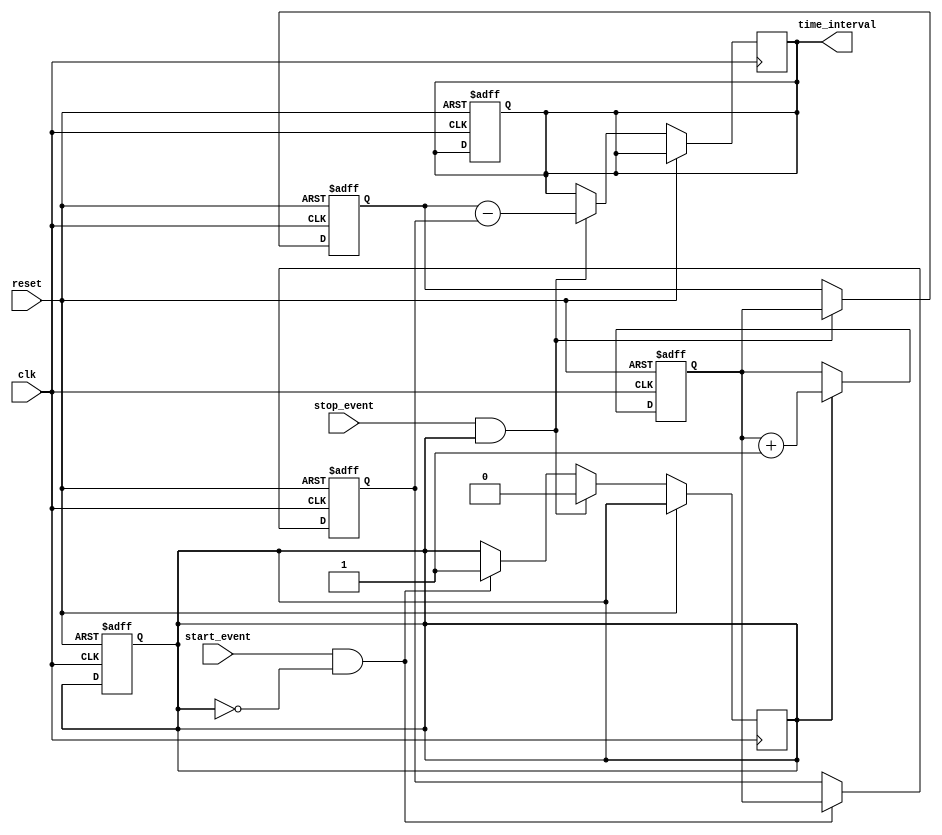
module TDC (
    input wire clk,                // High-frequency clock
    input wire reset,              // Reset signal
    input wire start_event,        // Start event signal
    input wire stop_event,         // Stop event signal
    output reg [31:0] time_interval // Time interval output
);

    reg [31:0] counter;            // 32-bit counter
    reg [31:0] start_time;         // Start timestamp
    reg [31:0] stop_time;          // Stop timestamp
    reg capturing;                 // State for capturing timestamps

    // Counter logic
    always @(posedge clk or posedge reset) begin
        if (reset) begin
            counter <= 32'b0;       // Reset counter
            capturing <= 1'b0;      // Reset capturing state
            time_interval <= 32'b0; // Reset time interval
        end else begin
            if (capturing) begin
                counter <= counter + 1; // Increment counter
            end
        end
    end

    // Event detection and timestamp storage
    always @(posedge clk or posedge reset) begin
        if (reset) begin
            start_time <= 32'b0;     // Reset start time
            stop_time <= 32'b0;      // Reset stop time
        end else begin
            if (start_event && !capturing) begin
                capturing <= 1'b1;     // Start capturing
                start_time <= counter; // Store start timestamp
            end
            if (stop_event && capturing) begin
                capturing <= 1'b0;      // Stop capturing
                stop_time <= counter;  // Store stop timestamp
                time_interval <= stop_time - start_time; // Calculate time interval
            end
        end
    end

endmodule